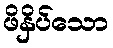
ဖိနှိပ်သော